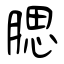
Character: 腮